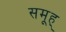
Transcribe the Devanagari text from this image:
समूह्